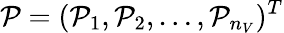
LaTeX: \mathcal{P}=(\mathcal{P}_{1},\mathcal{P}_{2},\ldots,\mathcal{P}_{n_{V}})^{T}